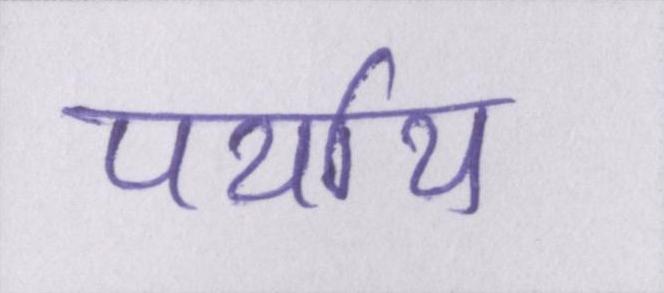
पर्याय